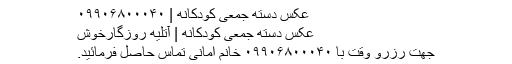
عکس دسته جمعی کودکانه | ۰۹۹۰۶۸۰۰۰۴۰
عکس دسته جمعی کودکانه | آتلیه روزگارخوش
جهت رزرو وقت با ۰۹۹۰۶۸۰۰۰۴۰ خانم امانی تماس حاصل فرمائید.